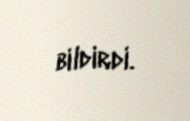
bildirdi.